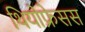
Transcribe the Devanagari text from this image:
थियोफ्रेसस